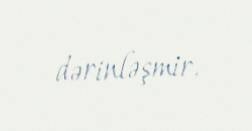
dərinləşmir.